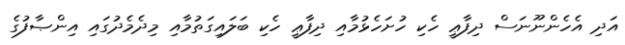
އަދި އެހެންނޫނަސް ދިފާޢީ ހެކި ހުށަހެޅުމާއި ދިފާޢީ ހެކި ބަލައިގަތުމާއި މިދެމެދުގައި އިންޞާފުގެ